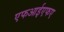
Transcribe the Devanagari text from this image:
एफआईएफए